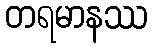
တရမာနဿ